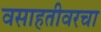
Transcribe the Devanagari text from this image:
वसाहतीवरचा